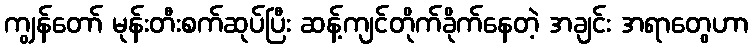
ကျွန်တော် မုန်းတီးစက်ဆုပ်ပြီး ဆန့်ကျင်တိုက်ခိုက်နေတဲ့ အချင်း အရာတွေဟာ